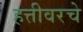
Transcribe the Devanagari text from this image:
हत्तीवरचे